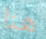
هنا